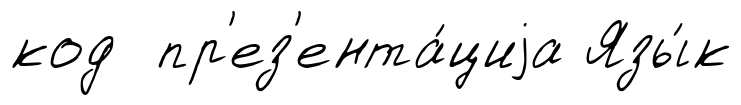
код пр'ез'ента́циjа Язы́к